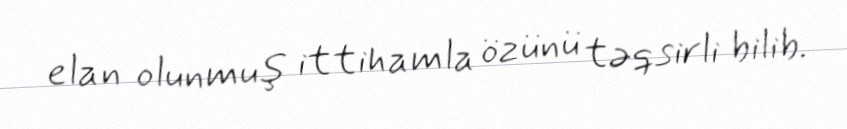
elan olunmuş ittihamla özünü təqsirli bilib.